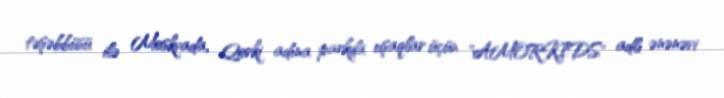
təşəbbüsü ilə Moskvada, Qorki adına parkda uşaqlar üçün "AMORKIDS" adlı ənənəvi